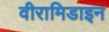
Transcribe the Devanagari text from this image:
वीरामिडाइन